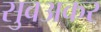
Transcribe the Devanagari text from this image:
सुवअकर